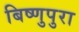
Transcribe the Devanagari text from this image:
बिष्णुपुरा